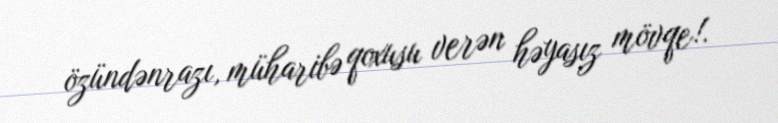
özündənrazı, müharibə qoxusu verən həyasız mövqe!.